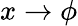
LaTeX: x\rightarrow\phi